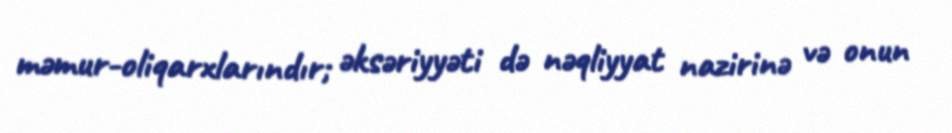
məmur-oliqarxlarındır; əksəriyyəti də nəqliyyat nazirinə və onun